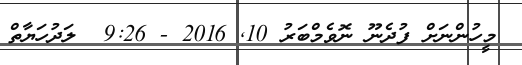
މީހުންނަށް ފުދެނޫ ނޮވެމްބަރު 10